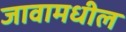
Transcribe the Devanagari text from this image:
जावामधील